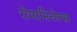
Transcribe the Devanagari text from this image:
रोमानिचेल्स